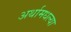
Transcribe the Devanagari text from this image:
अर्थामधल्या